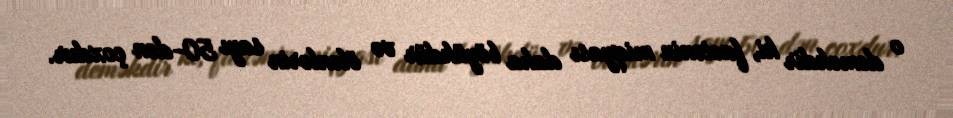
o deməkdir ki, faciənin miqyası daha böyükdür və ölənlərin sayı 50-dən çoxdur.